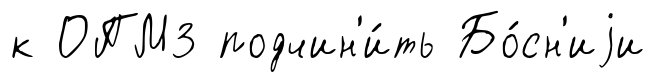
к ОПМ3 подчин'и́ть Бо́сн'иjи